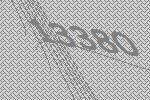
13380